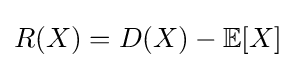
R(X)=D(X)-\mathbb {E} [X]